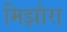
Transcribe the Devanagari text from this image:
मिझौरा